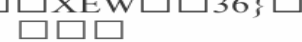
١١٤